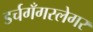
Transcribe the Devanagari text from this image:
डर्चगँगस्लेगर